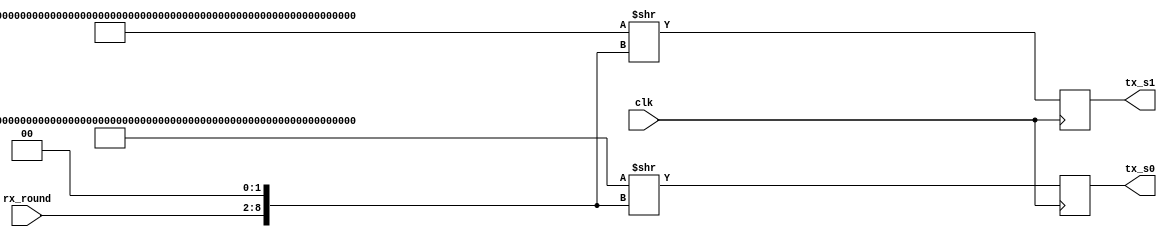
module ripemd160_rol_s (
	input clk,
	input [6:0] rx_round,
	output reg [3:0] tx_s0,
	output reg [3:0] tx_s1
);
	localparam [319:0] first_sequence = {4'd6,4'd5,4'd8,4'd11,4'd14,4'd13,4'd12,4'd5,4'd12,4'd13,4'd8,4'd6,4'd11,4'd5,4'd15,4'd9,4'd12,4'd5,4'd6,4'd8,4'd6,4'd5,4'd14,4'd9,4'd8,4'd9,4'd15,4'd14,4'd15,4'd14,4'd12,4'd11,4'd5,4'd7,4'd12,4'd5,4'd6,4'd13,4'd8,4'd14,4'd15,4'd13,4'd9,4'd14,4'd7,4'd6,4'd13,4'd11,4'd12,4'd13,4'd7,4'd11,4'd9,4'd15,4'd12,4'd7,4'd15,4'd7,4'd9,4'd11,4'd13,4'd8,4'd6,4'd7,4'd8,4'd9,4'd7,4'd6,4'd15,4'd14,4'd13,4'd11,4'd9,4'd7,4'd8,4'd5,4'd12,4'd15,4'd14,4'd11};
	localparam [319:0] second_sequence = {4'd11,4'd11,4'd13,4'd15,4'd5,4'd6,4'd13,4'd8,4'd6,4'd14,4'd5,4'd12,4'd9,4'd12,4'd5,4'd8,4'd8,4'd15,4'd5,4'd12,4'd9,4'd12,4'd9,4'd6,4'd14,4'd6,4'd14,4'd14,4'd11,4'd8,4'd5,4'd15,4'd5,4'd7,4'd13,4'd13,4'd14,4'd5,4'd13,4'd12,4'd14,4'd6,4'd6,4'd8,4'd11,4'd15,4'd7,4'd9,4'd11,4'd13,4'd15,4'd6,4'd7,4'd12,4'd7,4'd7,4'd11,4'd9,4'd8,4'd12,4'd7,4'd15,4'd13,4'd9,4'd6,4'd12,4'd14,4'd14,4'd11,4'd8,4'd7,4'd7,4'd5,4'd15,4'd15,4'd13,4'd11,4'd9,4'd9,4'd8};
	always @ (posedge clk)
	begin
		tx_s0 <= first_sequence >> {rx_round, 2'b00};
		tx_s1 <= second_sequence >> {rx_round, 2'b00};
	end
endmodule